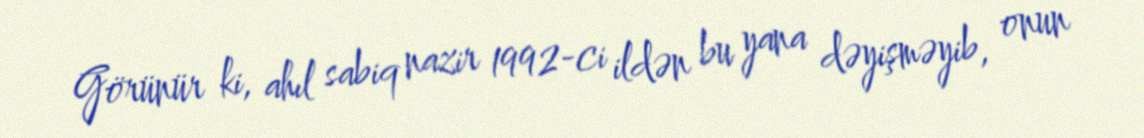
Görünür ki, ahıl sabiq nazir 1992-ci ildən bu yana dəyişməyib, onun